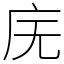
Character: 庑